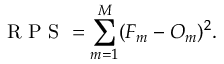
\mathrm { ~ R ~ P ~ S ~ } = \sum _ { m = 1 } ^ { M } ( F _ { m } - O _ { m } ) ^ { 2 } .